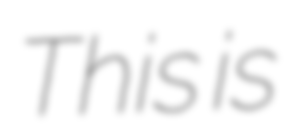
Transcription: This is